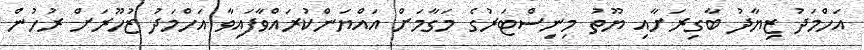
އަހްމަދު ޒިޔާދު ބާގިރަށާއި ޔޫތު މިނިސްޓަރުގެ މަގާމަށް އައްޔަންކުރައްވާފައިވާ އަހްމަދު ޒުހޫރަށް ރުހުން